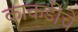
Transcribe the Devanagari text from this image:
काकडीचे